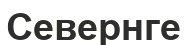
Севернге